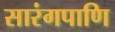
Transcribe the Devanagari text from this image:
सारंगपाणि